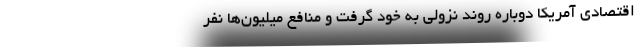
اقتصادی آمریکا دوباره روند نزولی به خود گرفت و منافع میلیون‌ها نفر